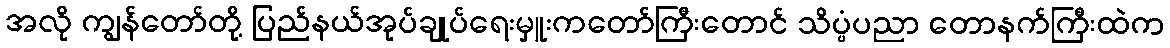
အလို ကျွန်တော်တို့ ပြည်နယ်အုပ်ချုပ်ရေးမှူးကတော်ကြီးတောင် သိပ္ပံပညာ တောနက်ကြီးထဲက